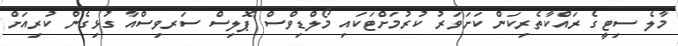
މާލެ ސިޓީގެ ރައްކާތެރިކަން ކަށަވަރު ކުރުމަށްޓަކައި މޯލްޑިވްސް ޕޮލިސް ސަރވިސްއާ ގުޅިގެން ކުރިއަށް